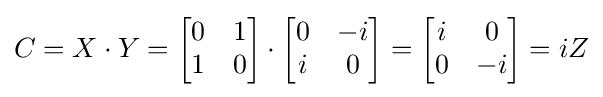
C=X\cdot Y={\begin{bmatrix}0&1\\1&0\end{bmatrix}}\cdot {\begin{bmatrix}0&-i\\i&0\end{bmatrix}}={\begin{bmatrix}i&0\\0&-i\end{bmatrix}}=iZ